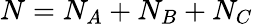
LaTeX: N=N_{A}+N_{B}+N_{C}